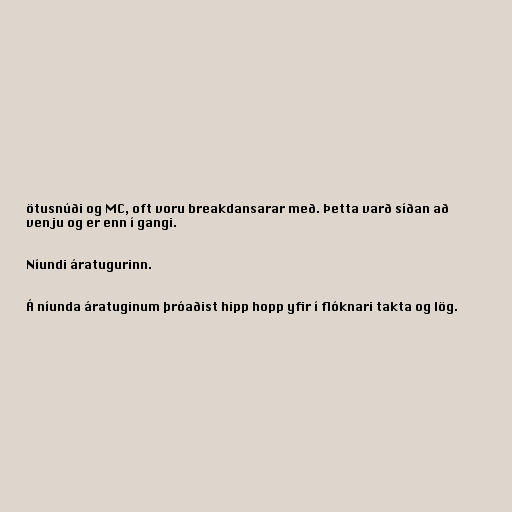
ötusnúði og MC, oft voru breakdansarar með. Þetta varð síðan að
venju og er enn í gangi.

Níundi áratugurinn.

Á níunda áratuginum þróaðist hipp hopp yfir í flóknari takta og lög.